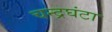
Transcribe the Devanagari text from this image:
चन्द्रघंटा